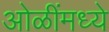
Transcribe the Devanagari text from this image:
ओळींमध्ये